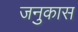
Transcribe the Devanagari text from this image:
जनुकास